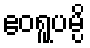
ဧဝရူပမ္ပိ